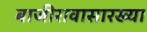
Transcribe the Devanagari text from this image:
बाजीरावासारख्या